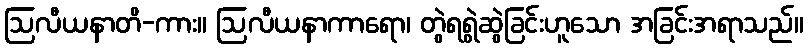
ဩလီယနာတိ-ကား။ ဩလီယနာကာရော၊ တွဲရရွဲဆွဲခြင်းဟူသော အခြင်းအရာသည်။